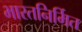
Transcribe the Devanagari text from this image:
भारतनिर्मित